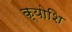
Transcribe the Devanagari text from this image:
क्योशि